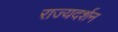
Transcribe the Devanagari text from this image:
राज्यदर्शन